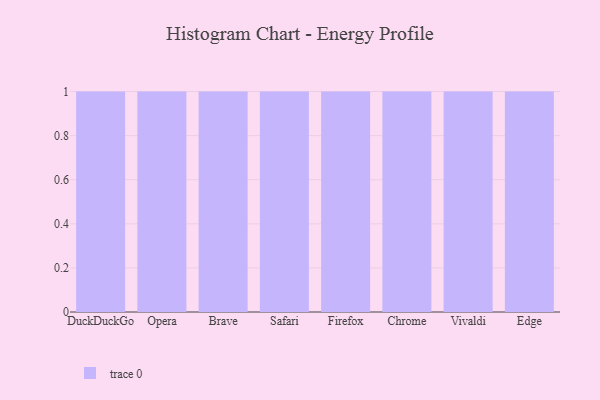
{"axis": {"x": "Browser", "y": "Energy Usage (MWh)"}, "legend": [""], "data": [{"x": "DuckDuckGo", "y": 45, "type": ""}, {"x": "Opera", "y": 91, "type": ""}, {"x": "Brave", "y": 77, "type": ""}, {"x": "Safari", "y": 64, "type": ""}, {"x": "Firefox", "y": 21, "type": ""}, {"x": "Chrome", "y": 97, "type": ""}, {"x": "Vivaldi", "y": 98, "type": ""}, {"x": "Edge", "y": 27, "type": ""}]}